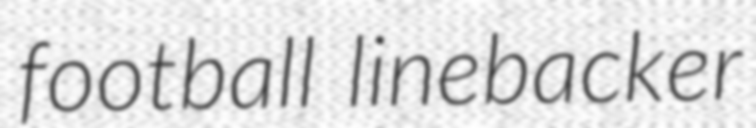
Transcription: football linebacker